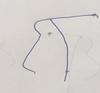
Signature authenticity: forged